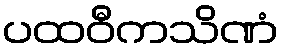
ပထဝီကသိဏံ